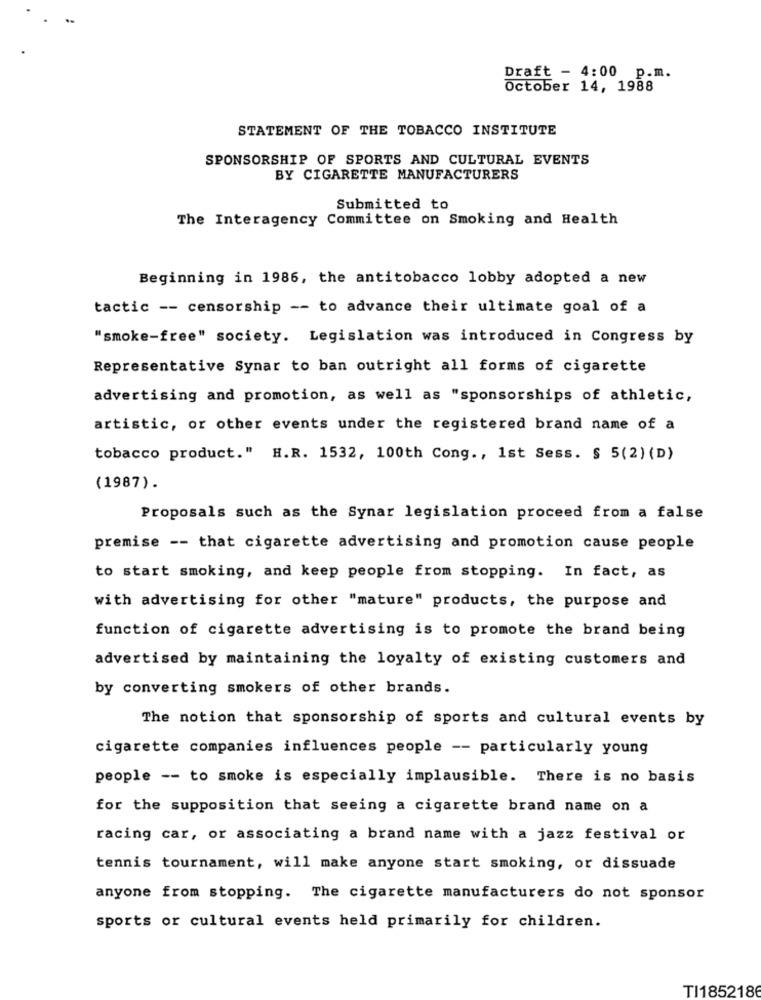
Draft - 4:00 p.m.
October 14, 1988
STATEMENT OF THE TOBACCO INSTITUTE
SPONSORSHIP OF SPORTS AND CULTURAL EVENTS
BY CIGARETTE MANUFACTURERS
Submitted to
The Interagency Committee on Smoking and Health
Beginning in 1986, the antitobacco lobby adopted a new
tactic -- censorship -- to advance their ultimate goal of a
"smoke-free" society. Legislation was introduced in Congress by
Representative Synar to ban outright all forms of cigarette
advertising and promotion, as well as "sponsorships of athletic,
artistic, or other events under the registered brand name of a
tobacco product." H.R. 1532, 100th Cong ., 1st Sess. § 5(2) (D)
(1987).
Proposals such as the Synar legislation proceed from a false
premise -- that cigarette advertising and promotion cause people
to start smoking, and keep people from stopping. In fact, as
with advertising for other "mature" products, the purpose and
function of cigarette advertising is to promote the brand being
advertised by maintaining the loyalty of existing customers and
by converting smokers of other brands.
The notion that sponsorship of sports and cultural events by
cigarette companies influences people -- particularly young
people -- to smoke is especially implausible. There is no basis
for the supposition that seeing a cigarette brand name on a
racing car, or associating a brand name with a jazz festival or
tennis tournament, will make anyone start smoking, or dissuade
anyone from stopping. The cigarette manufacturers do not sponsor
sports or cultural events held primarily for children.
TI1852186